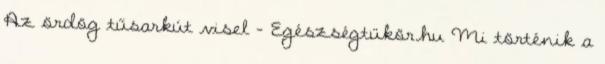
Az ördög tűsarkút visel - Egészségtükör.hu Mi történik a